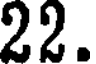
22.